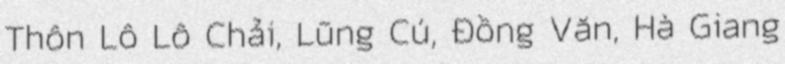
Thôn Lô Lô Chải, Lũng Cú, Đồng Văn, Hà Giang